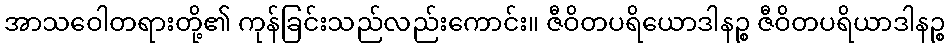
အာသဝေါတရားတို့၏ ကုန်ခြင်းသည်လည်းကောင်း။ ဇီဝိတပရိယောဒါနဉ္စ ဇီဝိတပရိယာဒါနဉ္စ